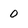
Character: O